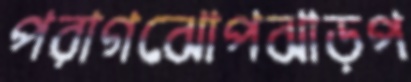
পরাগঝোপঝাড়প